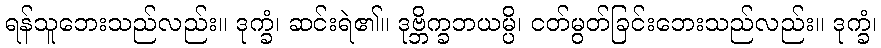
ရန်သူဘေးသည်လည်း။ ဒုက္ခံ၊ ဆင်းရဲ၏။ ဒုဗ္ဘိက္ခဘယမ္ပိ၊ ငတ်မွတ်ခြင်းဘေးသည်လည်း။ ဒုက္ခံ၊